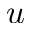
u